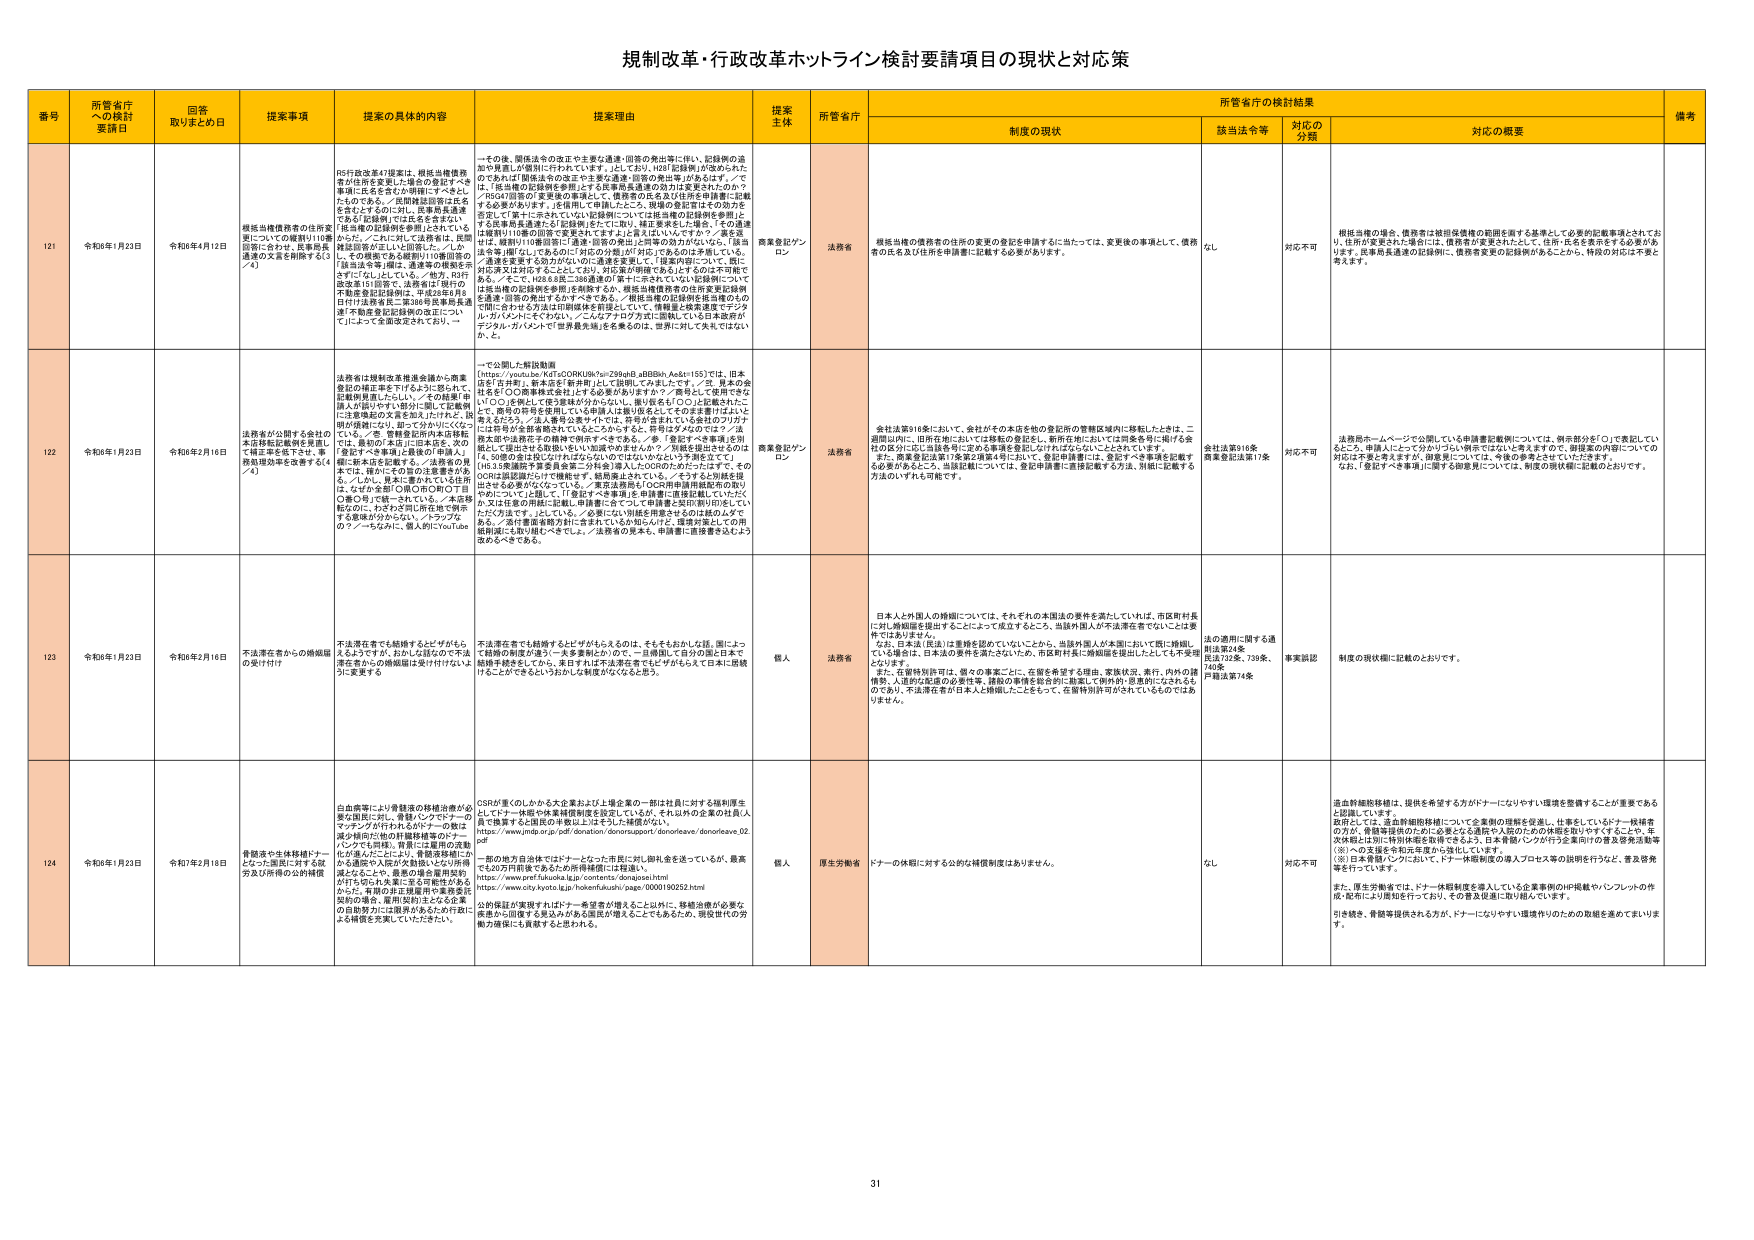
規制改革・行政改革ホットライン検討要請項目の現状と対応策

番号 所管省庁への検討要請日 回答取りまとめ日 提案事項 提案の具体的内容 提案理由 提案主体 所管省庁 制度の現状 所管省庁の検討結果 備考
該当法令等 対応の分類 対応の概要

121 令和6年1月23日 令和6年4月12日 模擬当機債務者の住所変更についての確認※110番回復に合わせ、民事再生法通達の文言を削除する（3／4） RSF税改第47提案は、模擬当機債務者が住所を変更した場合の登記すべき事項に氏名を含むか確認にすべきことである。／民間模擬回答は氏名を含むとするに加し、民事再生通達で「及び」記録例では氏名を含まない（転籍の記録例を参考）とされている。／さらに、これに関しては法務省は、民間模擬回答が正しいと回答した。／しかしその模擬である破例※110番回答の「該当法令等」欄で、通達等の模擬を示さず「ただし、いずれも、／他方、RSF税改第131回答、法務省は7月付の不動産登記記録例は、平成28年8月8日付け法務省第二第38号民事再生通達「不動産登記記録例の改正について」によって全面改定されており、一 その後、関係法令の改正や主要法通達・回答の発出等に伴い、記録例の追加や見直しが個別に行われています。／そして、H28「回答例」が改められたのであれば「関係法令の改正や主要法通達・回答の発出等」があるはず。／では、「抵当権の記録例を参照」とする民事再生通達の効力は変更されたのか？／RSF47回答の「変更後の事項として、債務者の氏名及び住所を申請書に記載する必要があります。」を使用して申請したところ、現場の登記官はその効力を否定して「第十二条においていい記録例については抵当権の記録例を参照」とする民事再生通達の「記録例」に比べて、確認要件を「氏名」、その通達は「破例※110番回答に「通達・回答の発出」に同等の効力がないなら、「該当法令等」欄「なし」であるのに「対応の分類」が「対応」であるのは矛盾している。／通達を変更する効力がないのに通達を変更して「提案内容について、既に対応済又は対応することとしており、対応策が明確であるとするのは不可能である。／そこで、H28.8.8第二388通達の「第十二条においていい記録例について」は抵当権の記録例を参照」を削除するか、模擬当機債務者の住所変更記録例を通達・回答の発出するかすべきである。／模擬当機の記録例を抵当権のものに統一させる方法は印刷媒体を前提としていて、情報量と検索速度でデジタル・ガバメントを「やむい、／このデジタルガバメントに関しては日本全体がデジタル・ガバメントで「世界最先端」を名乗るのは、世界に対して失礼ではないか、と。 商業登記プランロ ン 法務省 模擬当機の債務者の住所の変更の登記を申請するに当たっては、変更後の事項として、債務者の氏名及び住所を申請書に記載する必要があります。 なし 対応不可 模擬当機の場合、債務者は被担保債権の範囲を満する基準として必要な記載事項とされており、住所が変更された場合には、債務者が変更されたとして、住所・氏名を表示する必要があり、民事再生通達の記録例に、債務者変更の記録例があることから、特段の対応は不要と考えます。

122 令和6年1月23日 令和6年2月16日 法務省が公開する全国の本店移転記録例を見直して修正を施す。／事務局現況表を改善する（4／4） 法務省は規制改革推進会議から商業登記の修正案を下げるように努められて、記載例見直しにたいし、／その結果「申請人が誤りやすい部分に限って記載例に注意喚起の文言を加え」たけれど、説明が曖昧たり、部分で分かりにくいので、／「各、登録登記所の本店移転では、最初の本店に旧本店名、次の登記すべき事項に最新の申請人」欄に新本店を記載する。／入金者の名義までは、最初にその旨の注意書きがある。／しかし、異本に書かれている住所は、それぞれの国の国の市の丁目（番）の下で統一されていない。／本店移転なのに、わざわざ別に所在地で併記する意味が分からない。／トラブルの７／～ちなみに、個人的にYouTube 一つ公開した解説動画 https://youtu.be/KqTfxCORNUk?si=Z99ghB_aBB8h_Ae8t155）では、日本語を含みます。新本店を「新申請」として明記してみましたが、／「五、異本の登記を『○○商業株式会社』とする必要がありません？／無効にして使用できる」や「○○」を例として登記業務が分かなくないし、無効名を「○○」と記載されたこと、商号の符号を使用している申請人は多い過去としてそのまま書けばよいと考えるだろう。／法人番号が変わり、では、符号が含まれている会社のフリガナには符号が全部無視されていることからすると、符号はダメなので？／法務本省や法務庁の機神で例外すべきである。／各、「登記すべき事項」を別紙として提出する取扱いを行い、別紙での申請人が、／別紙を提出するのなら、別紙の各社名は「たとえば」のではなく、符号を含むべきである。／H3.3.5通達等で業員会業二分科会「導入」にのののかたったことは、そのDORは説明にないで機能せず、結果導入されていない。／そうすると結局登記される必要がなくなっている。／実質法務局も「OCR商用車用紙配布の取りやめ」についても話して、「登記すべき事項」を申請書に直接記載していただくか又は任意の用紙に記載し申請書に含めて、申請書と契約書が別々にいくたた方法です。／している。／必要にない別紙を用意させるのは酷かんぐである。／法務審査機関が封じ含まれているか知らんけど、運営が困る上での用紙削減にも取り組むべきでしょう。／法務省の見本も、申請書に直接書き込むよう進めるべきである。 商業登記プランロ ン 法務省 会社法第816条において、会社がその本店を他の登記所の管轄区域内に移転したときは、二週間以内に、旧所在地においては移転の登記をし、新所在地においては同条各号に掲げる会社の区分に応じ当該各号に定める事項を登記しなければならないこととされています。また、商業登記法第7条第2項第4号において、登記申請書には、登記すべき事項を記載する必要があるところ、当該記載については、登記申請書に直接記載する方法、別紙に記載する方法のいずれも可能です。 会社法第816条 商業登記法第7条 対応不可 法務局ホームページで公開している申請書記載例については、例示部分を「○」で表記しているところ、申請人によって分かづらい例示ではなにと考えますので、前提案の内容についての対応に不備と考えますが、前提案については、今後の参考とさせていただきます。なお、「登記すべき事項」に関する記載見については、制度の現状欄に記載のとおりです。

123 令和6年1月23日 令和6年2月16日 不法滞在者からの婚姻届の受け付け 不法滞在者でも結婚することができるから、不法滞在者でも婚姻届を提出することができる。／不法滞在者からの婚姻届を受け付けないようにする 人 人 法務省 日本人と外国人の婚姻については、それぞれの本国法の要件を満たしていれば、市区町村長に対し婚姻届を提出することによって成立するところ、当該外国人が不法滞在者でないことは要件ではありません。なお、日本法（民法）は重婚を認めないないことから、当該外国人が本國において既に婚姻している場合は、日本法の要件を満たさないため、市区町村長に婚姻届を提出したとしても受理となりません。また、在留特別許可は、個々の事案ごとに、在留を希望する理由、家族状況、素行、内外の評価、人道的又は道徳的必要性等、個別の事情を総合的に勘案して例外的に許可にたされるものであり、不法滞在者が日本人と婚姻したことをもって、在留特別許可がされているものではありません。 法の適用に関する通則法第24条 民法732条、739条、740条 戸籍法第74条 事実確認 制度の現状欄に記載のとおりです。

124 令和6年1月23日 令和7年2月18日 骨髄液や生体移植ドナーとなった国民に対する就労及び所得の公的補償 自血病等により骨髄液の移植治療が必要な国民に対し、骨髄・インマドナーのマッチングが行われるが、ドナーの数は減少傾向に他の移植移植等のドナーインマドも同様。骨髄・は雇用の流動化が進んだことにより、骨髄移植ドナーから遺族や入院が欠勤扱いとなり所得減となることや、重度の場合は雇用契約が打ち切られ、失業と医療費等が発生する。／雇用の安定雇用の重要性を契約の場合、雇用契約主となる企業の自負努力に注意深めあるため、行政による補償を充実していくべきだが、 CSRが重いのしかかる大企業および上場企業の一部は社員に対する福利厚生としてドナー供給や本業補償制度を設定しているが、それ以外の企業の社員人は、骨髄移植するに国民の移動の上はそうした補償がない。 https://www.jmda.or.jp/pdf/donation/donorsupport/donoreave/donoreave_02.pdf 一部の地方自治体ではドナーとなった市民に対し謝礼金を送っているが、最高でも30万円前後であるため所得補償には程遠い。 https://www.pref.fukuoka.lg.jp/contents/donagisei.html https://www.city.kyoto.lg.jp/hokenfukushi/aaex/0000180252.html 公的保証が実現すればドナー希望者が増えること以外に、移植治療が必要な疾患から回復する見込みがある国民が増えることにもあたるため、現役世代の労働力確保にも貢献するとと思われる。 個人 厚生労働省 ドナーの休暇に対する公的な補償制度はありません。 なし 対応不可 適当詳細移植は、提供を希望する方がドナーになりやすい環境を整備することが重要であると認識しています。政府としては、造血幹細胞移植について企業側の理解を促進し、仕事をしているドナー候補者の方が、骨髄等提供のために必要となる通院や入院のための休暇を取りやすくすることや、年次有給とは別に特別休暇を取得できるよう、日本骨髄バンクが行う企業向けの普及啓発活動等（※）への支援を令和元年度から強化しています。 （※）日本骨髄バンクにおいて、ドナー休暇制度の導入プロセス等の説明を行うなど、普及啓発等を行っています。また、厚生労働省では、ドナー休暇制度を導入している企業事例のHP掲載やパンフレットの作成・配布により周知を行っており、その普及促進に取り組んでいます。引き続き、骨髄等提供される方が、ドナーになりやすい環境作りのための取組を進めてまいります。

31